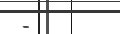
-